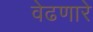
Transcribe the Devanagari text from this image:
वेढणारे